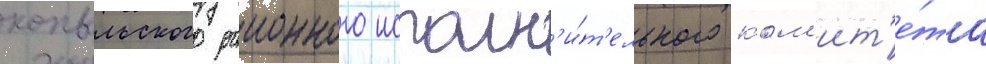
копыльского раионного исполн'и́т'ельного ком'ит'е́та